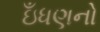
ઇઁધણનો